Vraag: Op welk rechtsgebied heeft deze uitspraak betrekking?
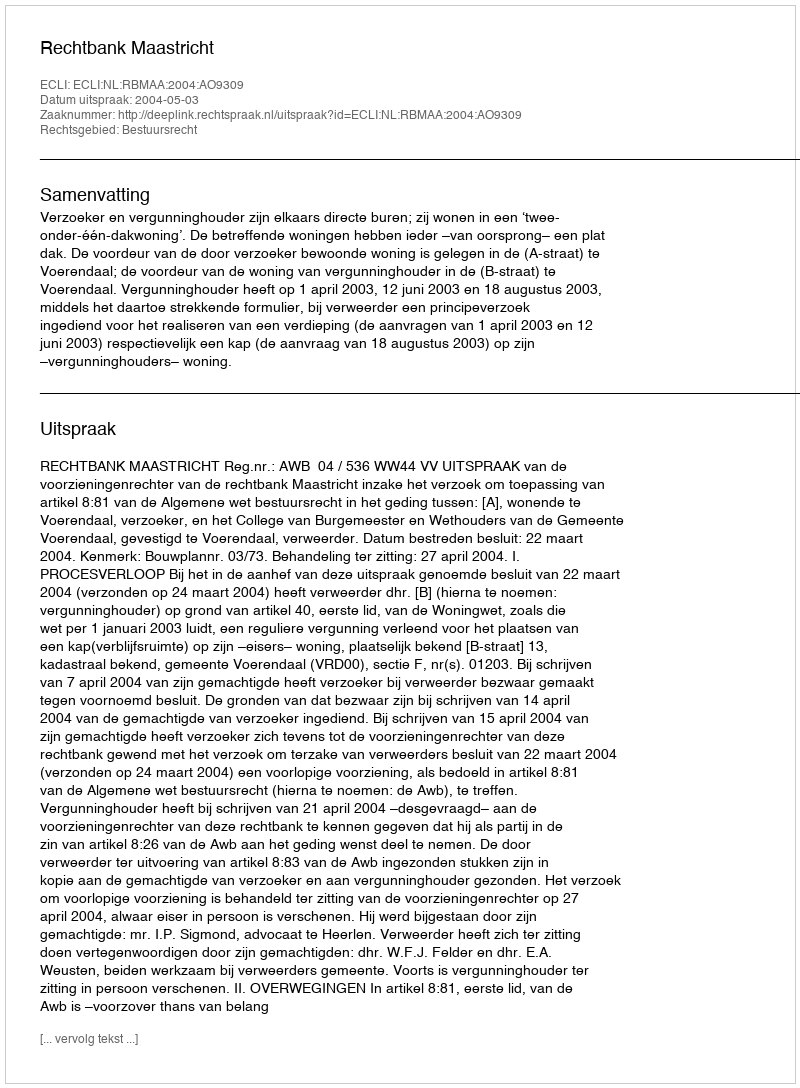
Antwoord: Bestuursrecht